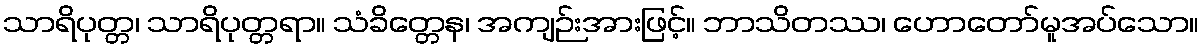
သာရိပုတ္တ၊ သာရိပုတ္တရာ။ သံခိတ္တေန၊ အကျဉ်းအားဖြင့်။ ဘာသိတဿ၊ ဟောတော်မူအပ်သော။